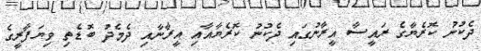
ދެކުނު ކޮރެޔާގެ ރައީސާ އީރާނުގައި ދެކުނު ކޮރެޔާއާއި އީރާނާއި ދެމެދު ބޮޑެތި ވިޔަފާރީގެ